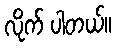
လိုက် ပါတယ်။